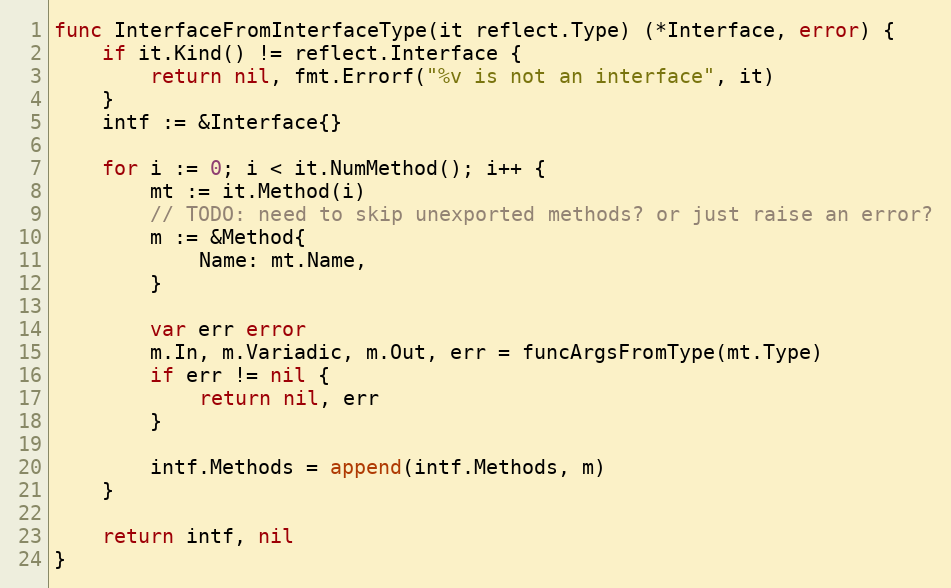
Language: Go
func InterfaceFromInterfaceType(it reflect.Type) (*Interface, error) {
	if it.Kind() != reflect.Interface {
		return nil, fmt.Errorf("%v is not an interface", it)
	}
	intf := &Interface{}

	for i := 0; i < it.NumMethod(); i++ {
		mt := it.Method(i)
		// TODO: need to skip unexported methods? or just raise an error?
		m := &Method{
			Name: mt.Name,
		}

		var err error
		m.In, m.Variadic, m.Out, err = funcArgsFromType(mt.Type)
		if err != nil {
			return nil, err
		}

		intf.Methods = append(intf.Methods, m)
	}

	return intf, nil
}